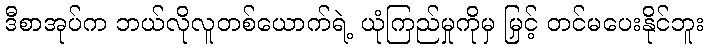
ဒီစာအုပ်က ဘယ်လိုလူတစ်ယောက်ရဲ့ ယုံကြည်မှုကိုမှ မြှင့် တင်မပေးနိုင်ဘူး